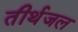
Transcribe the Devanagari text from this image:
तीर्थजल